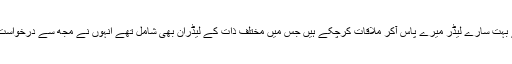
جناب مزمل قاضیا : یہ سوچ آپ کی غلط اس وجہ سے ہے کہ کچھ مہینے قبل برادرانِ وطن کے بہت سارے لیڈر میرے پاس آکر ملاقات کرچکے ہیں جس میں مختلف ذات کے لیڈران بھی شامل تھے انہوں نے مجھ سے درخواست کی میں بھی میدان میں آجاؤں اور انہوں نے اپنی طرف سے پوری حمایت کا بھی وعدہ کیا ہے۔